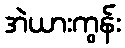
အဲယားကွန်း